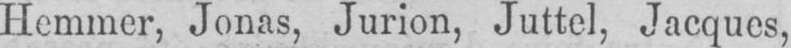
Hemmcr, Jonas, Jurion, Juttel, Jacques,